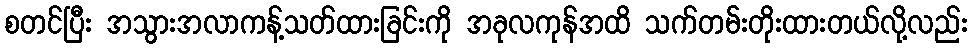
စတင်ပြီး အသွားအလာကန့်သတ်ထားခြင်းကို အခုလကုန်အထိ သက်တမ်းတိုးထားတယ်လို့လည်း